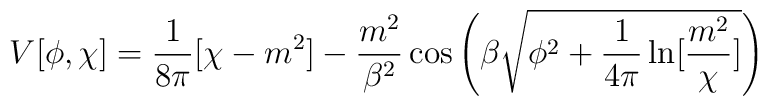
V[\phi,\chi] = \frac{1}{8 \pi} [\chi -m^2] -\frac{m^2}{\beta^2} \cos \left(\beta \sqrt{\phi^2+\frac{1}{4 \pi} \ln[\frac{m^2}{\chi}]} \right)